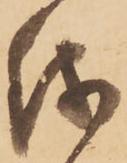
儀